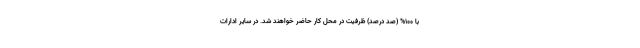
با ۱۰۰% (صد درصد) ظرفیت در محل کار حاضر خواهند شد. در سایر ادارات